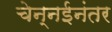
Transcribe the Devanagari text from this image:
चेन्नईनंतर